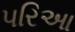
પરિઆ